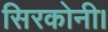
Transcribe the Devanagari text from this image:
सिरकोनी।